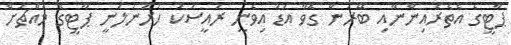
ޕާޓީގެ އެތެރެއިންނާއި ބޭރުން ގޮވާ އަޑު އިވެނީ ރައީސަކު ހަރުނުލަނީ ޕާޓީގެ މައްޗަށް